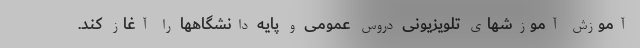
آموزش آموزشهای تلویزیونی دروس عمومی و پایه دانشگاهها را آغاز کند.